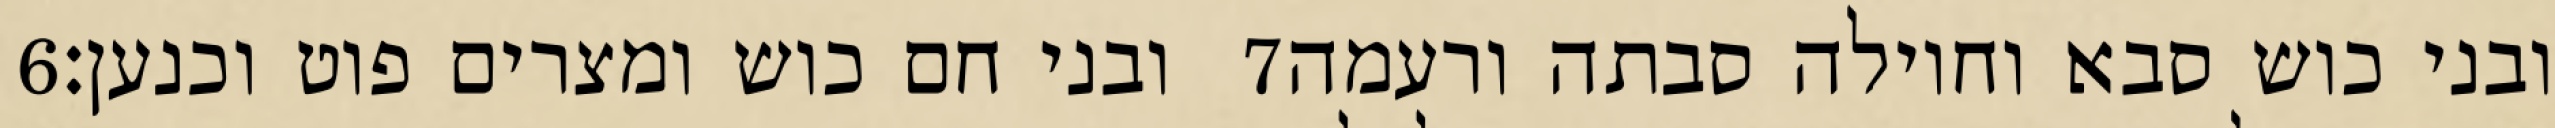
‎6‏ ובני חם כוש ומצרים פוט וכנען׃ ‎7‏ ובני כוש סבא וחוילה סבתה ורעמה